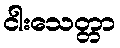
ငါးသေတ္တာ